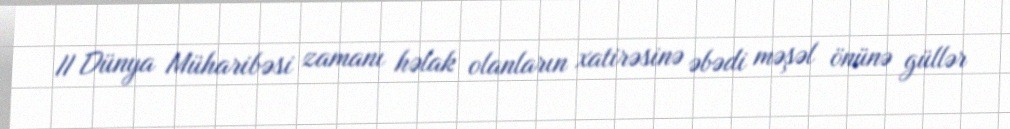
II Dünya Müharibəsi zamanı həlak olanların xatirəsinə əbədi məşəl önünə güllər